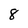
Character: 8